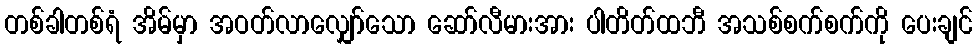
တစ်ခါတစ်ရံ အိမ်မှာ အဝတ်လာလျှော်သော ဆော်လီမားအား ပါတိတ်ထဘီ အသစ်စက်စက်ကို ပေးချင်